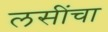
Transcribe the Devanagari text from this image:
लसींचा